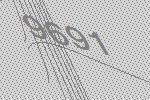
9691